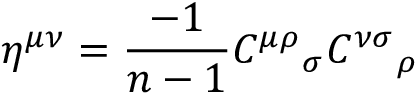
\eta ^ { \mu \nu } = \frac { - 1 } { n - 1 } { C ^ { \mu \rho } } _ { \sigma } { C ^ { \nu \sigma } } _ { \rho }